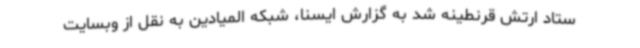
ستاد ارتش قرنطینه شد به گزارش ایسنا، شبکه المیادین به نقل از وبسایت